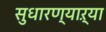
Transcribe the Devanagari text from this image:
सुधारण्याऱ्या